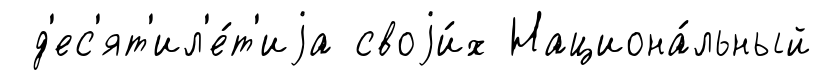
д'ес'ят'ил'е́т'иjа своjи́х Национа́льный